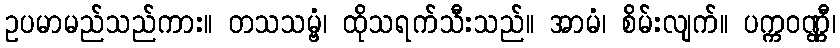
ဥပမာမည်သည်ကား။ တသသမ္ဗံ၊ ထိုသရက်သီးသည်။ အာမံ၊ စိမ်းလျက်။ ပက္ကဝဏ္ဏီ၊